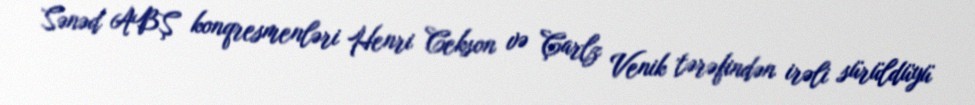
Sənəd ABŞ konqresmenləri Henri Cekson və Çarlz Venik tərəfindən irəli sürüldüyü